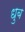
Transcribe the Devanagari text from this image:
धुब